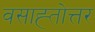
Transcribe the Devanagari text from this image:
वसाह्तोत्तर